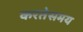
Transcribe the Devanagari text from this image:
करतेसमय